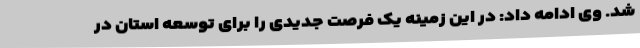
شد. وی ادامه داد: در این زمینه یک فرصت جدیدی را برای توسعه استان در